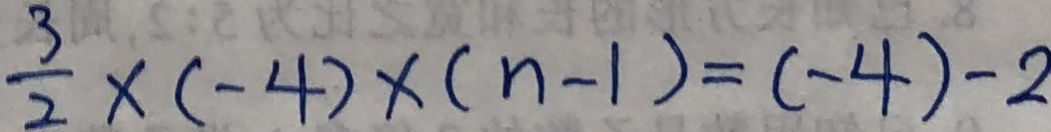
\frac { 3 } { 2 } \times ( - 4 ) \times ( n - 1 ) = ( - 4 ) - 2